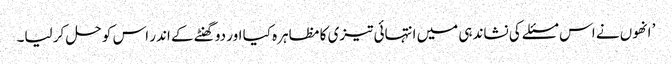
’ انھوں نے اس مسئلے کی نشاندہی میں انتہائی تیزی کا مظاہرہ کیا اور دو گھنٹے کے اندر اس کو حل کر لیا۔